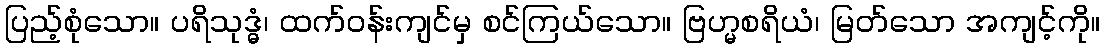
ပြည့်စုံသော။ ပရိသုဒ္ဓံ၊ ထက်ဝန်းကျင်မှ စင်ကြယ်သော။ ဗြဟ္မစရိယံ၊ မြတ်သော အကျင့်ကို။